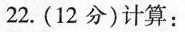
22. (12分)计算：